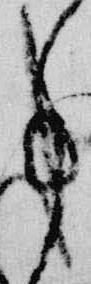
事